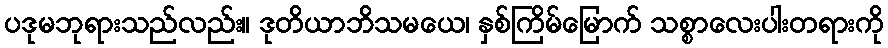
ပဒုမဘုရားသည်လည်း။ ဒုတိယာဘိသမယေ၊ နှစ်ကြိမ်မြောက် သစ္စာလေးပါးတရားကို